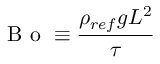
\textrm { B o } \equiv \frac { \rho _ { r e f } g L ^ { 2 } } { \tau }